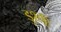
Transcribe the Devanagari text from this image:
डुश्कू